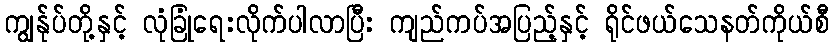
ကျွန်ုပ်တို့နှင့် လုံခြုံရေးလိုက်ပါလာပြီး ကျည်ကပ်အပြည့်နှင့် ရိုင်ဖယ်သေနတ်ကိုယ်စီ